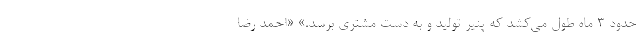
حدود ۳ ماه طول می‌کشد که پنیر تولید و به دست مشتری برسد.» «احمد رضا